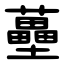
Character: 蘲